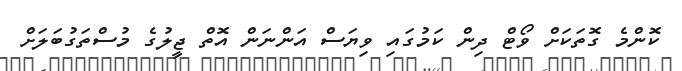
ކޮންމެ ގޮތަކަށް ވޯޓް ދިން ކަމުގައި ވިޔަސް އަންނަން އޮތް ޖީލުގެ މުސްތަގުބަލަށް